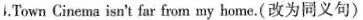
4.Town Cinema isn't far from my home.(改为同义句)